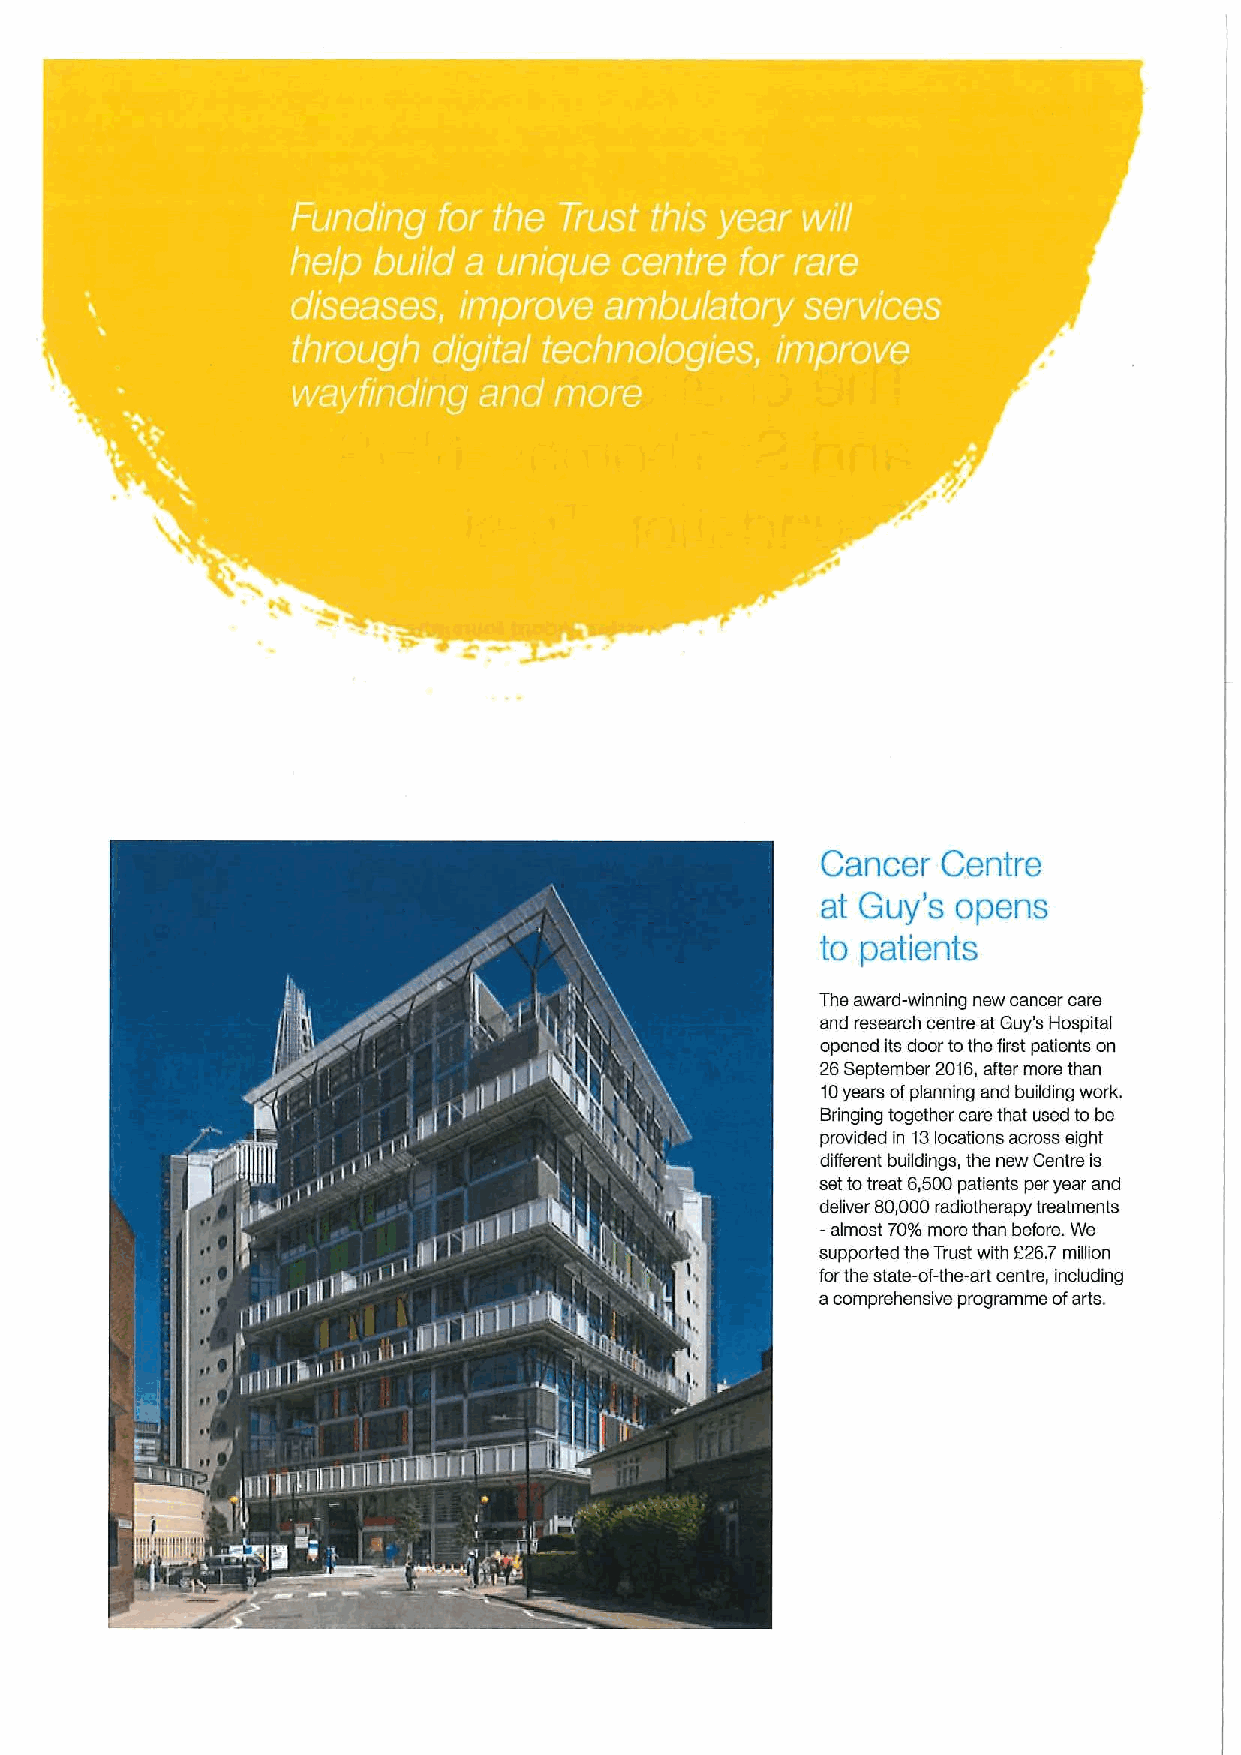
Cancer  Centre
 at Guy's opens
 to patients
 The award-winning new cancer care
 and research centre at Guy's Hospital
 opened Its door tothe first patients on
 26September 2016,after more than
 t0years ofplanning and building work.
 Bringing together care that used to be
 provided in t3locations across eight
 different buildings, the new Centre is
 settotreat 6,500patients per year and
 deliver 60,000radiotherapy treatments
 —almost 70%more than before. We
 supported the Trust with 226.7million
 forthe state-of-the-art centre, including
 acomprehensive programme ofarts.